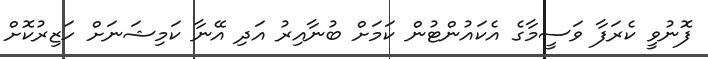
ފޮނުވީ ކެރަފާ ވަސީމާގެ އެކައުންޓުން ކަމަށް ބުނާއިރު އަދި އޭނާ ކަމިޝަނަށް ހަޒިރުކޮށް